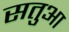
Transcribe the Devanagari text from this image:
सतुआ